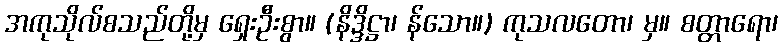
အကုသိုလ်စသည်တို့မှ ရှေးဦးစွာ။ (နိဒ္ဒိဋ္ဌာ၊ န်သော။) ကုသလတော၊ မှ။ စတ္တာရော၊